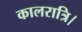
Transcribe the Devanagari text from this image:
कालरात्रि।